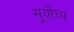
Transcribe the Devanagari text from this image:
सूर्योच्य